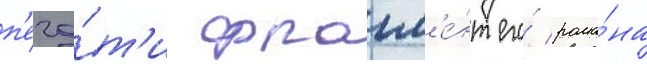
п'еча́т'и фрагм'е́нт его́ рома́на